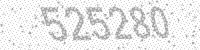
Solution: 525280